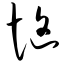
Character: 恼